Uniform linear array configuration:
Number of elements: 48
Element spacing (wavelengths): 0.5
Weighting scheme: hann
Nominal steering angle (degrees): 30
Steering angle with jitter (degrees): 30.136
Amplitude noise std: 0.05
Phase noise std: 0.05

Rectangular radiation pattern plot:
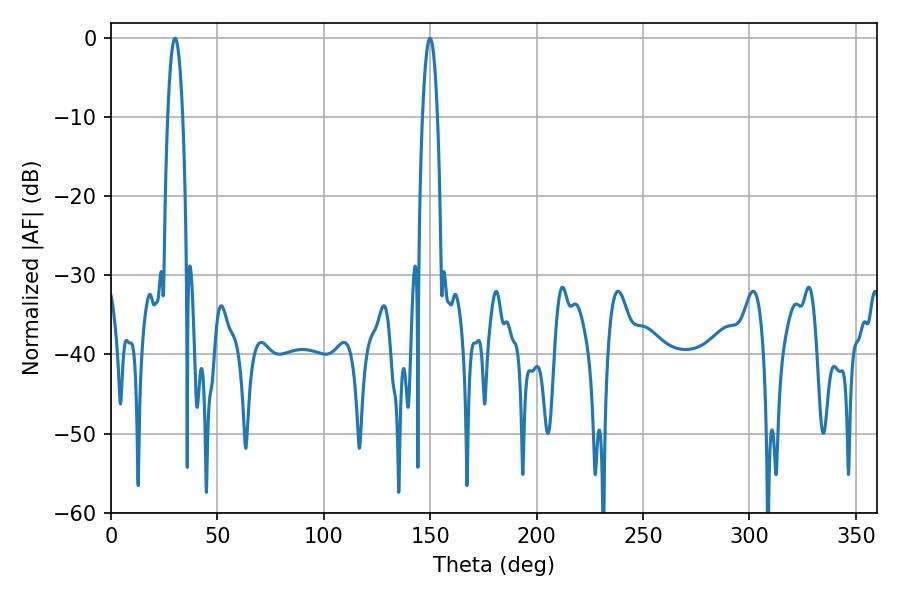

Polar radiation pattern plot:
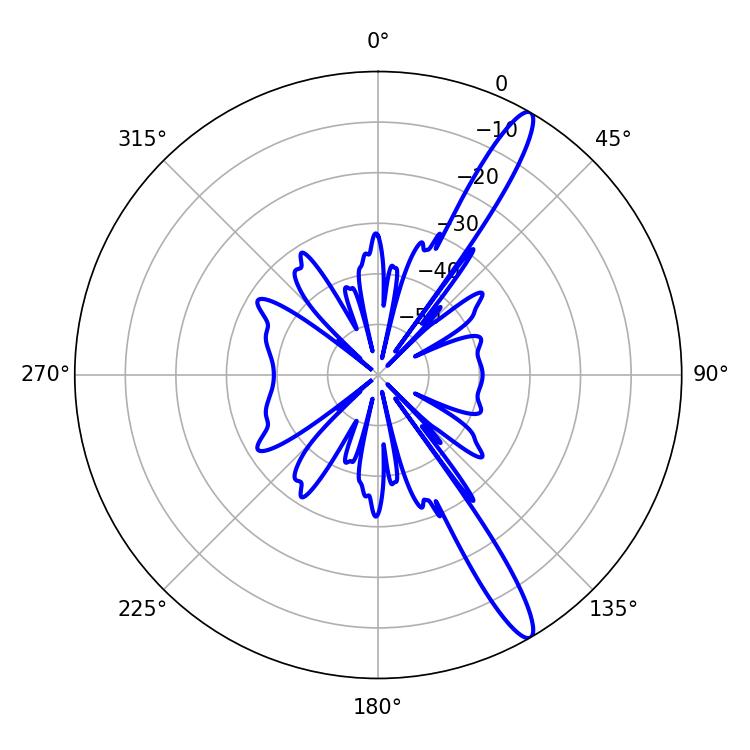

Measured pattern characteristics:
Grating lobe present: FALSE
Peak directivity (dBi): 14.325
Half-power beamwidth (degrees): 3.78
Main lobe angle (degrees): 30.06